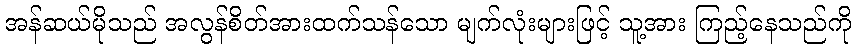
အန်ဆယ်မိုသည် အလွန်စိတ်အားထက်သန်သော မျက်လုံးများဖြင့် သူ့အား ကြည့်နေသည်ကို